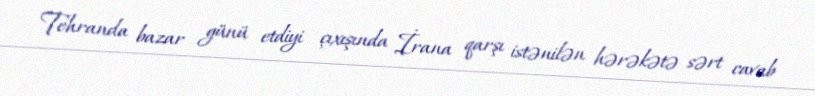
Tehranda bazar günü etdiyi çıxışında İrana qarşı istənilən hərəkətə sərt cavab